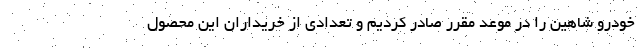
خودرو شاهین را در موعد مقرر صادر كرديم و تعدادی از خريداران این محصول